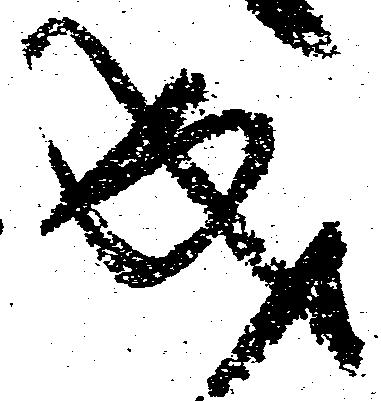
成